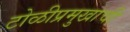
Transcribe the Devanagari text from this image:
टोळीप्रमुखाची